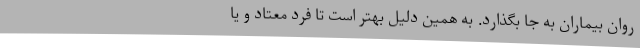
روان بیماران به جا بگذارد. به همین دلیل بهتر است تا فرد معتاد و یا